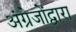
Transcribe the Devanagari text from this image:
अंग्रेजोंद्वारा